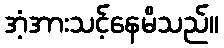
အံ့အားသင့်နေမိသည်။